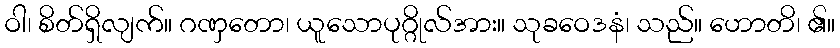
ဝါ၊ စိတ်ရှိလျက်။ ဂဏှတော၊ ယူသောပုဂ္ဂိုလ်အား။ သုခဝေဒနံ၊ သည်။ ဟောတိ၊ ၏။